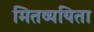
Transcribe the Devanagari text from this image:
मितव्‍ययिता